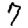
Digit: 7